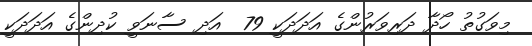
މިވަގުތު ހޯދާ ދަރިވަރުންގެ އަދަދަކީ 79  އަދި ސާނަވީ ކުދިންގެ އަދަދަކީ